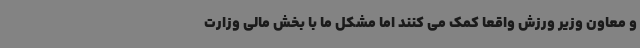
و معاون وزیر ورزش واقعا کمک می کنند اما مشکل ما با بخش مالی وزارت